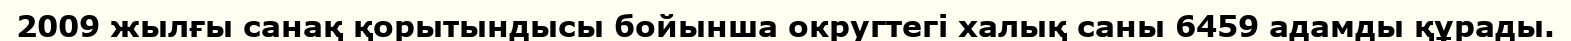
2009 жылғы санақ қорытындысы бойынша округтегі халық саны 6459 адамды құрады.